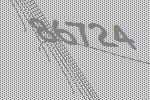
86724